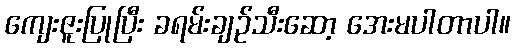
ကျေးဇူးပြုပြီး ခရမ်းချဉ်သီးဆော့ အေးမပါတာပါ။